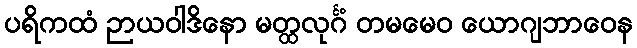
ပရိကထံ ဉာယဝါဒိနော မတ္ထလုင်္ဂံ တမမေဝ ယောဂျဘာဝေန